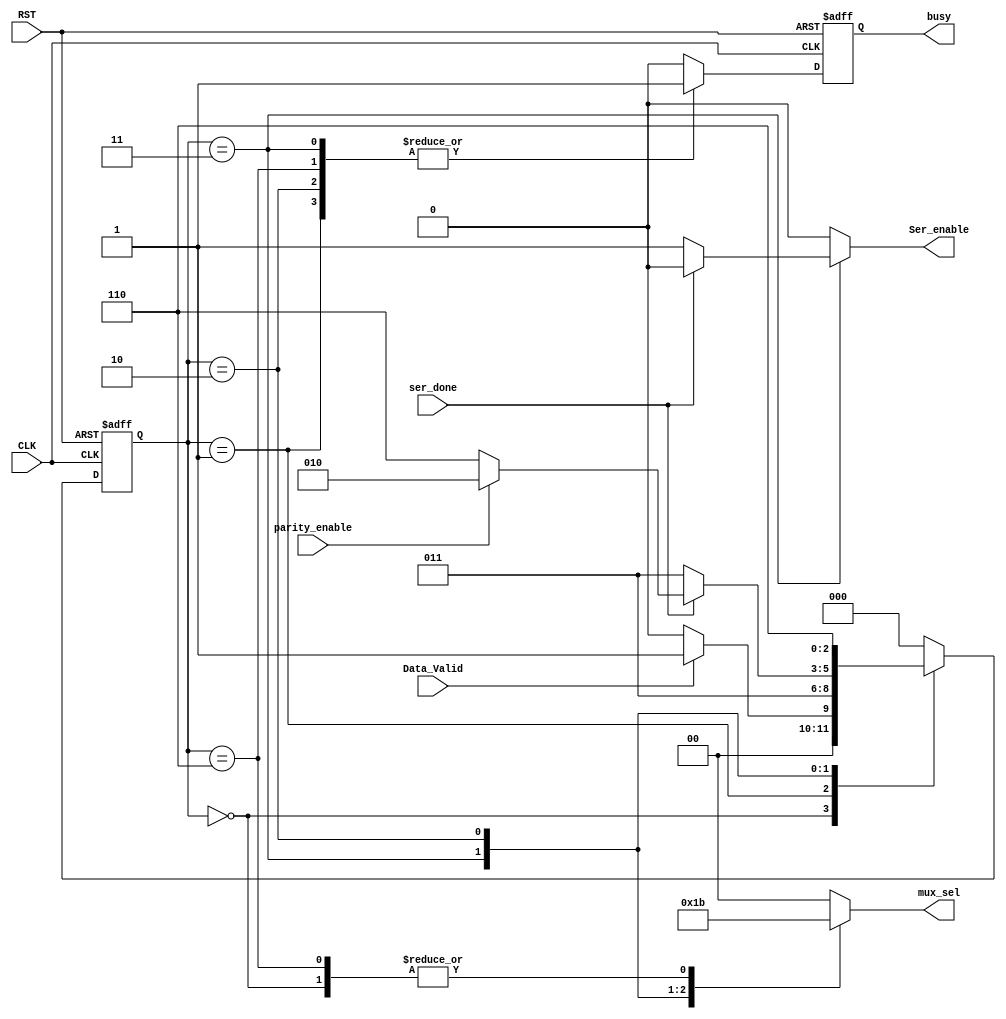

module uart_tx_fsm  (

 input   wire                  CLK,
 input   wire                  RST,
 input   wire                  Data_Valid, 
 input   wire                  ser_done, 
 input   wire                  parity_enable, 
 output  reg                   Ser_enable,
 output  reg     [1:0]         mux_sel, 
 output  reg                   busy
);


// gray state encoding
parameter   [2:0]      IDLE   = 3'b000,
                       start  = 3'b001,
					   data   = 3'b011,
					   parity = 3'b010,
					   stop   = 3'b110 ;

reg         [2:0]      current_state , next_state ;
			

reg                    busy_c ;
			
//state transiton 
always @ (posedge CLK or negedge RST)
 begin
  if(!RST)
   begin
    current_state <= IDLE ;
   end
  else
   begin
    current_state <= next_state ;
   end
 end
 

// next state logic
always @ (*)
 begin
  case(current_state)
  IDLE   : begin
            if(Data_Valid)
			 next_state = start ;
			else
			 next_state = IDLE ; 			
           end
  start  : begin
			 next_state = data ;  
           end
  data   : begin
            if(ser_done)
			 begin
			  if(parity_enable)
			   next_state = parity ;
              else
			   next_state = stop ;			  
			 end
			else
			 next_state = data ; 			
           end
  parity : begin
			 next_state = stop ; 
           end
  stop   : begin
			 next_state = IDLE ; 
           end	
  default: begin
			 next_state = IDLE ; 
           end	
  endcase                 	   
 end 

 
// output logic
always @ (*)
 begin
     Ser_enable = 1'b0 ;
     mux_sel = 2'b00 ;	
     busy_c = 1'b0 ;
  case(current_state)
  IDLE   : begin
			Ser_enable = 1'b0 ;
            mux_sel = 2'b11 ;	
            busy_c = 1'b0 ;									
           end
  start  : begin
			Ser_enable = 1'b0 ;  
            busy_c = 1'b1 ;
            mux_sel = 2'b00 ;	
           end
  data   : begin 
			Ser_enable = 1'b1 ;    
            busy_c = 1'b1 ;
            mux_sel = 2'b01 ;	
            if(ser_done)
			 Ser_enable = 1'b0 ;  
			else
 			 Ser_enable = 1'b1 ;              			 
           end
  parity : begin
            busy_c = 1'b1 ;
            mux_sel = 2'b10 ;	
           end
  stop   : begin
            busy_c = 1'b1 ;
            mux_sel = 2'b11 ;			
           end		
  default: begin
            busy_c = 1'b0 ;
			Ser_enable = 1'b0 ;
            mux_sel = 2'b00 ;		
           end	
  endcase         	              
 end 
 
 

//register output 
always @ (posedge CLK or negedge RST)
 begin
  if(!RST)
   begin
    busy <= 1'b0 ;
   end
  else
   begin
    busy <= busy_c ;
   end
 end
  

endmodule